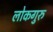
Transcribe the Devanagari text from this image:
लोकगुरु